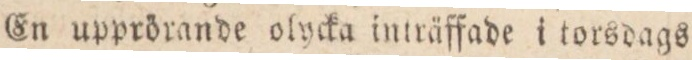
En upprörande olycka inträffade i torsdags